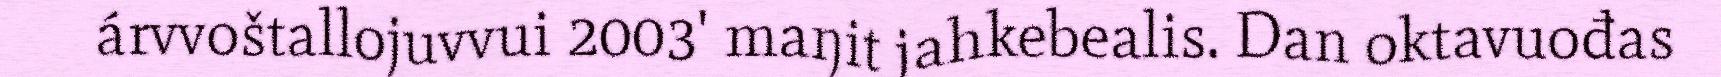
árvvoštallojuvvui 2003' maŋit jahkebealis. Dan oktavuođas